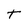
Character: t